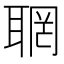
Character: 𦖉